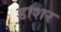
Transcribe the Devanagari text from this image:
डाशर